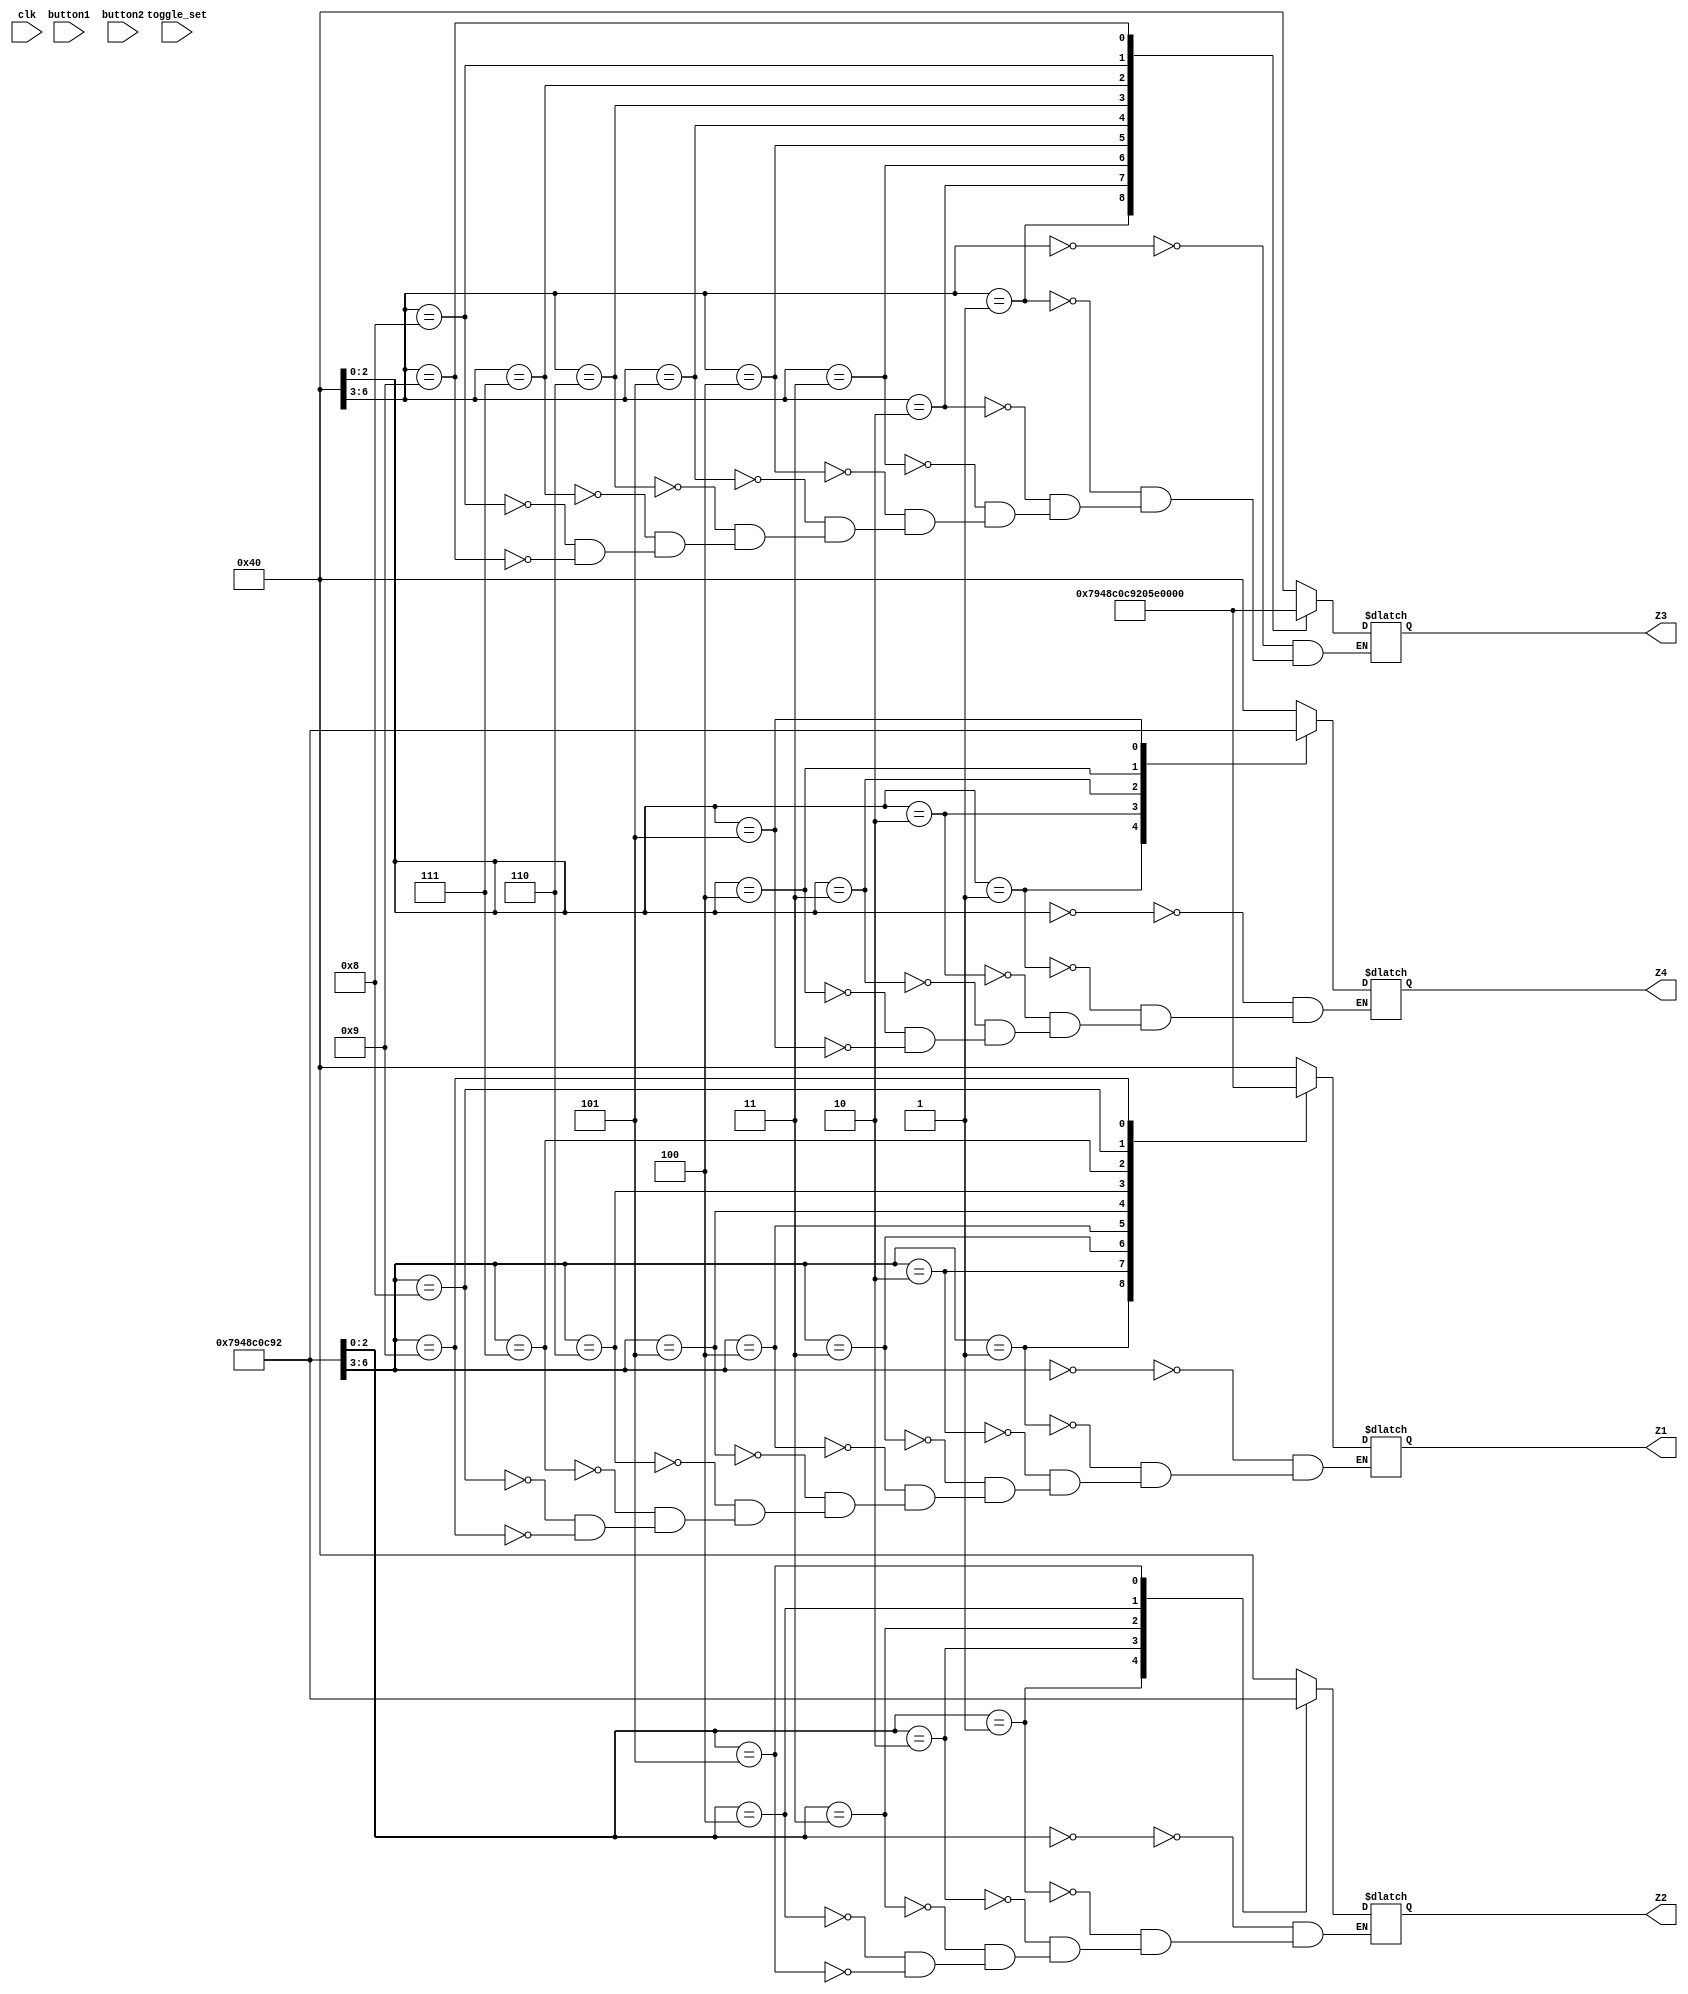
module Timer (output reg [6:0] Z1 , input clk, output reg [6:0] Z2, output reg [6:0] Z3, output reg [6:0] Z4, input button1, input button2, input toggle_set);
	parameter max_count_timer = 25000000;
		
	reg [28:0] count = 0;
		
		
	reg new_clk;
	
	parameter BUTTON_LIM = 10000000; // Every less than a second
	reg [30:0] button_count = 0;
	reg button_clk;
	

		
		
	// Button timer
	always @ (posedge clk) begin
		if (button_count <= BUTTON_LIM) begin
			 button_count <= button_count + 1;
		end else begin 
			 button_count <= 0;
			 button_clk <= ~button_clk;
		end
	end



	
	always @ (posedge clk) begin
		if (count <= max_count_timer) begin
			count <= count + 1;
		end else begin 
			count <= 0;
			new_clk <= ~new_clk;
		end
	end 
	
	reg [5:0] set_sec = 0;
	reg [5:0] set_min = 0;
	reg [3:0] hex0;
	reg [2:0] hex1;
	reg [3:0] hex2;
	reg [2:0] hex3;
	
	reg[3:0] number;
	reg[2:0] number2;
	reg[3:0] number3;
	reg[2:0] number4;
	
	reg[3:0] num;
	reg[2:0] num2;
	reg[3:0] num3;
	reg[2:0] num4;
	
	
	//Setup
	always @(posedge button_clk) begin
		if(toggle_set == 0) begin // set Time
			if (button1 == 0) begin
				if (set_sec >= 55) begin
					set_sec = 0;
					set_min = set_min + 1;
					num3 = set_min % 10;
					num4 = set_min / 10;
				end else begin
					set_sec = set_sec + 5;
					num = set_sec % 10;
					num2 = set_sec / 10;
				end
			end else if (button2 == 0) begin
				if (set_sec == 0) begin
					set_min = set_min - 1;
					num3 = set_min % 10;
					num4 = set_min / 10;
					set_sec = 60;
				end else begin
					set_sec = set_sec - 5;
					num = set_sec % 10;
					num2 = set_sec / 10;
				end
			end
		end
	end
	
	//Countdown 
	always @ (posedge new_clk) begin
		if (toggle_set == 0) begin
			number = num;
			number2 = num2;
			number3 = num3;
			number4 = num4;
		end else if (toggle_set == 1) begin //Start timer
			if (number == 0 && number2 == 0 && number3 == 0 && number4 == 0) begin
					number <= 0;
					number2 <= 0;
					number3 <= 0;
					number4 <= 0;
			end else begin
				if (number == 0) begin
					number <= 9;
					number2 <= number2 - 1;
					if (number2 == 0) begin
						number2 <= 5;
						number3 <= number3 - 1;
						if (number3 == 0) begin
							number3 <= 9;
							number4 <= number4 - 1;
							if (number4 == 0) begin
								number4 <= 5;
							end
						end else begin
							number3 <= number3 - 1;
						end
					end else begin
						number2 <= number2 - 1;
					end
				end else begin
					number <= number - 1;
				end
			end
		end
	end
	
	//Update hex display
	
	always @ (*) begin
		if (toggle_set == 0) begin
			hex0_num = num;
			hex1_num = num2;
			hex2_num = num3;
			hex3_num = num4;
		end else begin
			hex0_num = number;
			hex1_num = number2;
			hex2_num = number3;
			hex3_num = number4;
		end
	end

	
	
	
	
	
	
	always @ (*) begin
			case (hex0) 
				0: begin
					Z1 = 7'b1000000;
				end
				1: begin
					Z1 = 7'b1111001;
				end
				2: begin
					Z1 = 7'b0100100;
				end
				3: begin
					Z1 = 7'b0110000;
				end
				4: begin
					Z1 = 7'b0011001;
				end
				5: begin
					Z1 = 7'b0010010;
				end
				6: begin
					Z1 = 7'b0000010;
				end
				7: begin
					Z1 = 7'b1111000;
				end
				8: begin
					Z1 = 7'b0000000;
				end
				9: begin
					Z1 = 7'b0010000;
				end
			endcase
		end
		
		always @ (*) begin
			case (hex1)
				0: begin
					Z2 = 7'b1000000;
				end
				1: begin
					Z2 = 7'b1111001;
				end
				2: begin
					Z2 = 7'b0100100;
				end
				3: begin
					Z2 = 7'b0110000;
				end
				4: begin
					Z2 = 7'b0011001;
				end
				5: begin
					Z2 = 7'b0010010;
				end
			endcase
		end
		
		always @ (*) begin
			case (hex2) 
				0: begin
					Z3 = 7'b1000000;
				end
				1: begin
					Z3 = 7'b1111001;
				end
				2: begin
					Z3 = 7'b0100100;
				end
				3: begin
					Z3 = 7'b0110000;
				end
				4: begin
					Z3 = 7'b0011001;
				end
				5: begin
					Z3 = 7'b0010010;
				end
				6: begin
					Z3 = 7'b0000010;
				end
				7: begin
					Z3 = 7'b1111000;
				end
				8: begin
					Z3 = 7'b0000000;
				end
				9: begin
					Z3 = 7'b0010000;
				end
			endcase
		end
		
		always @ (*) begin
			case (hex3)
				0: begin
					Z4 = 7'b1000000;
				end
				1: begin
					Z4 = 7'b1111001;
				end
				2: begin
					Z4 = 7'b0100100;
				end
				3: begin
					Z4 = 7'b0110000;
				end
				4: begin
					Z4 = 7'b0011001;
				end
				5: begin
					Z4 = 7'b0010010;
				end
			endcase
		end


endmodule